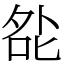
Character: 夞